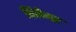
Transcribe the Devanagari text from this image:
रितेन्द्र